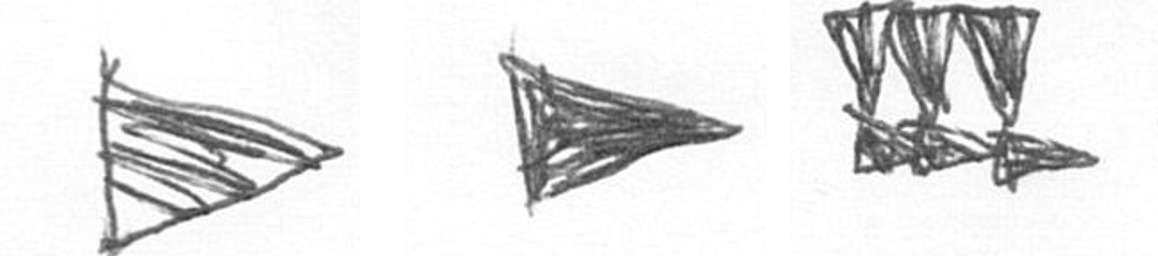
T T D